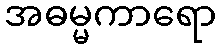
အဓမ္မကာရော